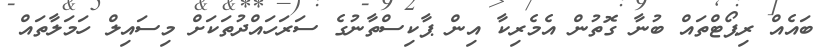
ބައެއް ރިޕޯޓްތައް ބުނާ ގޮތުން އެމެރިކާ އިން ޕާކިސްތާނުގެ ސަރަހައްދުތަކަށް މިސައިލް ހަމަލާތައް